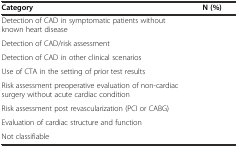
<table><thead><tr><td><b>Category</b></td><td><b>N (%)</b></td></tr></thead><tbody><tr><td>Detection of CAD in symptomatic patients without known heart disease</td><td>[EMPTY_CELL]</td></tr><tr><td>Detection of CAD/risk assessment</td><td>[EMPTY_CELL]</td></tr><tr><td>Detection of CAD in other clinical scenarios</td><td>[EMPTY_CELL]</td></tr><tr><td>Use of CTA in the setting of prior test results</td><td>[EMPTY_CELL]</td></tr><tr><td>Risk assessment preoperative evaluation of non-cardiac surgery without acute cardiac condition</td><td>[EMPTY_CELL]</td></tr><tr><td>Risk assessment post revascularization (PCI or CABG)</td><td>[EMPTY_CELL]</td></tr><tr><td>Evaluation of cardiac structure and function</td><td>[EMPTY_CELL]</td></tr><tr><td>Not classifiable</td><td>[EMPTY_CELL]</td></tr></tbody></table>